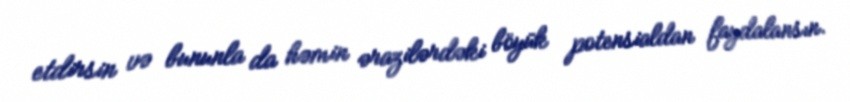
etdirsin və bununla da həmin ərazilərdəki böyük potensialdan faydalansın.